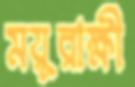
ময়ূরাক্ষী